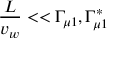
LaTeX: { \frac { L } { v _ { w } } } < < \Gamma _ { \mu 1 } , \Gamma _ { \mu 1 } ^ { * }